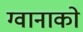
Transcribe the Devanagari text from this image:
ग्वानाको